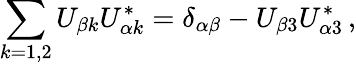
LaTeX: \sum_{k=1,2}U_{{\beta}k}U_{{\alpha}k}^{*}=\delta_{\alpha\beta}-U_{{\beta}3}U_{{\alpha}3}^{*}\, ,